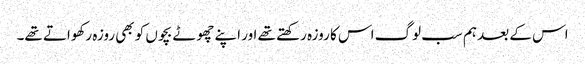
اس کے بعد ہم سب لوگ اس کا روزہ رکھتے تھے اور اپنے چھوٹے بچوں کو بھی روزہ رکھواتے تھے۔